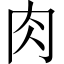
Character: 肉